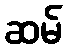
ဆမ်